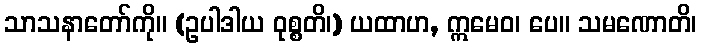
သာသနာတော်ကို။ (ဥပါဒါယ ဝုစ္စတိ၊) ယထာဟ, ဣမေဝ၊ ပေ။ သမဏောတိ၊